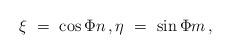
LaTeX: \begin{align*}\xi\ =\ \cos\Phi n\,, \eta\ =\ \sin\Phi m\,,\end{align*}